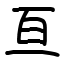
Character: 亘